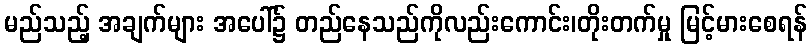
မည်သည့် အချက်များ အပေါ်၌ တည်နေသည်ကိုလည်းကောင်း၊တိုးတက်မှု မြင့်မားစေရန်